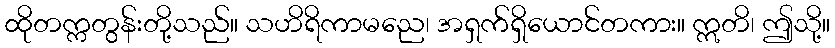
ထိုတက္ကတွန်းတို့သည်။ သဟိရိကာမညေ၊ အရှက်ရှိယောင်တကား။ ဣတိ၊ ဤသို့။